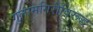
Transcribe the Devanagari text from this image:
गुलामगिरीविरूद्ध